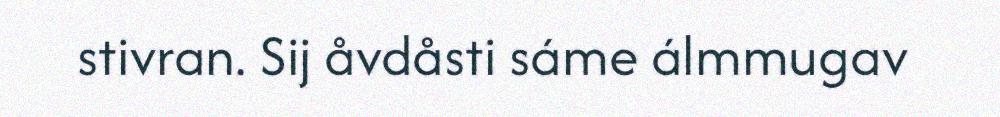
stivran. Sij åvdåsti sáme álmmugav